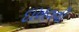
દાખવવી